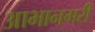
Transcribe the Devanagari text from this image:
आभानगरी